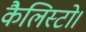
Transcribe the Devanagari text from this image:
कैलिस्टो।